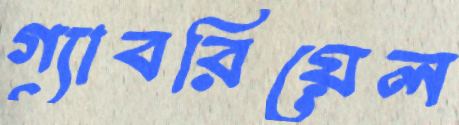
গ্যাবরিয়েল